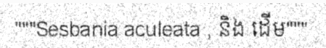
"""Sesbania aculeata , និង ដើម"""